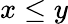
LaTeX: x\leq y